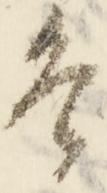
者